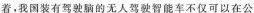
着，我国装有驾驶脑的无人驾驶智能车不仅可以在公